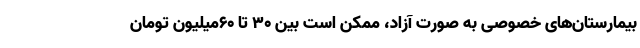
بیمارستان‌های خصوصی به صورت آزاد، ممکن است بین ۳۰ تا ۶۰میلیون تومان